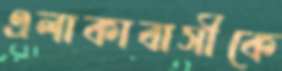
এলাকাবাসীকে